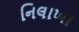
નિલાખા